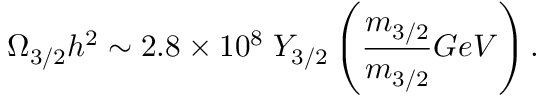
\Omega _ { 3 / 2 } h ^ { 2 } \sim 2 . 8 \times 1 0 ^ { 8 } \; Y _ { 3 / 2 } \left( \frac { m _ { 3 / 2 } } { m _ { 3 / 2 } } { G e V } \right) .